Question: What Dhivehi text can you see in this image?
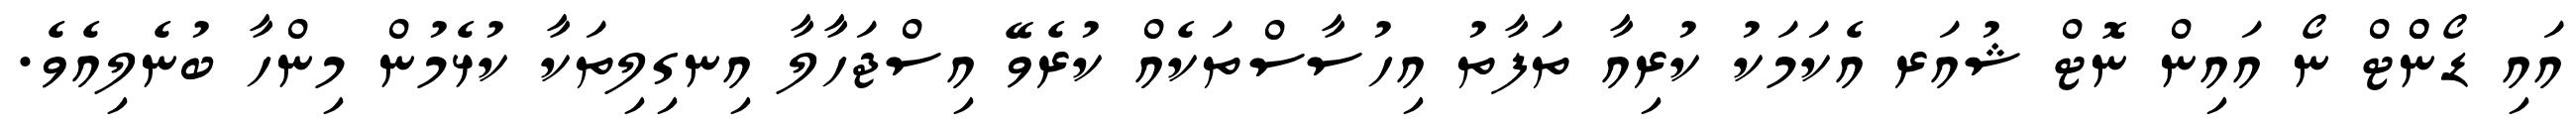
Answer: އައި ޑޯންްޓް ނޯ އައިން ނޮޓް ޝުއަރ އެކަމަކު ކުރިއާ ތަފާތު އިހުސާސްތަކެއް ކުރެވޭ އިސްޖަހާލާ އިނގިލިތަކާ ކުޅެމުން މިންހާ ބުނެލިއެވެ.